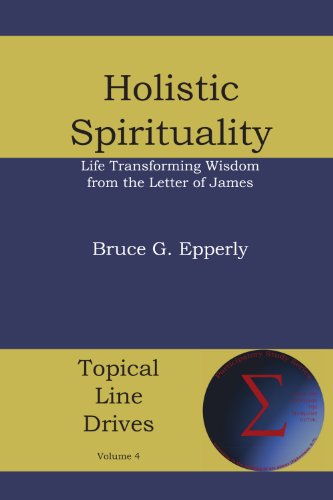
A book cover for Holistic Spirituality: Lifegiving Wisdom from the Letter of James (Topical Line Drives Book 4); Bruce G. Epperly; Christian Books & Bibles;